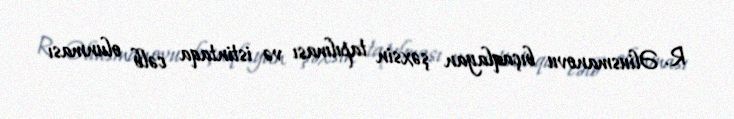
R. Əliusmanovu bıçaqlayan şəxsin tapılması və istintaqa cəlb olunması